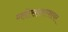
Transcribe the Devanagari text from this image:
ग्लोसस्तरशायर